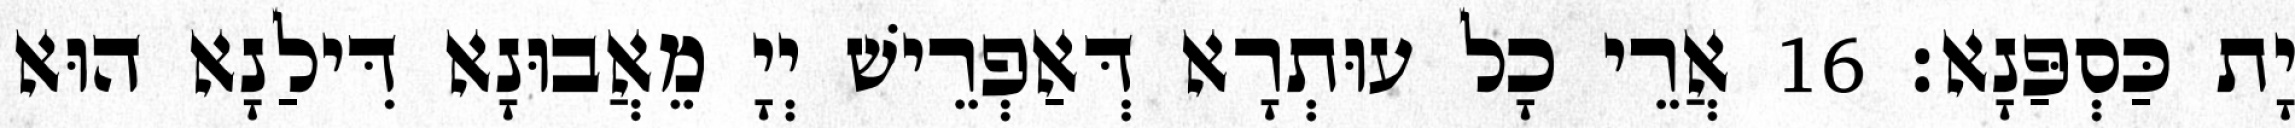
יָת כַּסְפַּנָא׃ 16 אֲרֵי כָל עוּתְרָא דְּאַפְרֵישׁ יְיָ מֵאֲבוּנָא דִּילַנָא הוּא